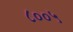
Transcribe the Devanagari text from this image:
८००५